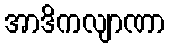
အာဒိကလျာဏာ